Mental hospitals Bombay report 1921-28 - 1921-1928
Year: 1921
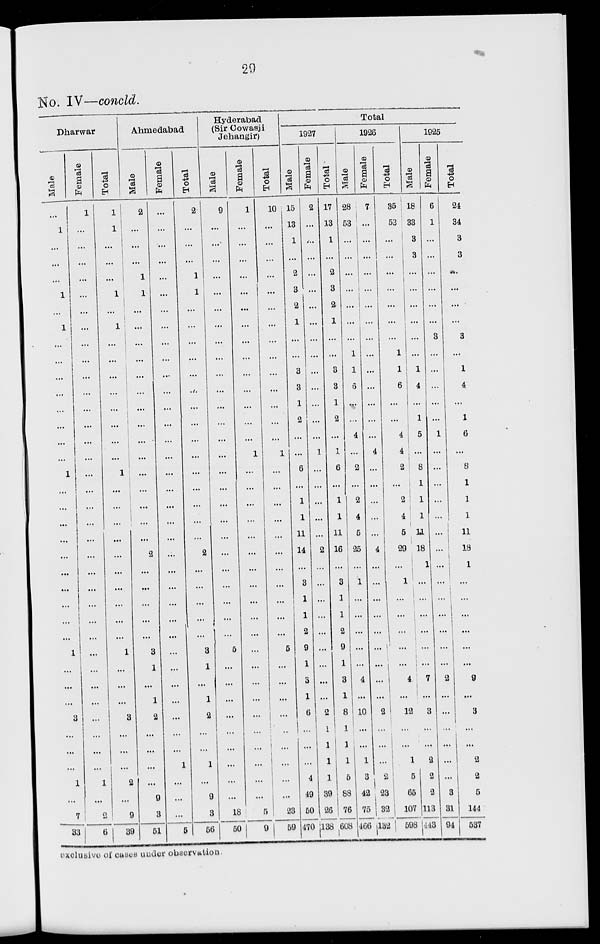
29
No. IV—concld.
Dharwar
Male
...
1
...
...
...
1
...
1
...
...
...
...
...
...
...
...
1
...
...
...
...
...
...
...
...
...
...
1
...
...
...
3
...
...
...
1
...
7
33
Female
1
...
...
...
...
...
...
...
...
...
...
...
...
...
...
...
...
...
...
...
...
...
...
...
...
...
...
...
...
...
...
...
...
...
...
1
...
2
6
Total
1
1
...
...
...
1
...
1
...
...
...
...
...
...
...
...
1
...
...
...
...
...
...
...
...
...
...
1
...
...
...
3
...
...
...
2
...
9
39
Ahmedabad
Male
2
...
...
...
1
1
...
...
...
...
...
...
...
...
...
...
...
...
...
...
...
2
...
...
...
...
...
3
1
...
1
2
...
...
...
...
9
3
51
Female
...
...
...
...
...
...
...
...
...
...
...
...
...
...
...
...
...
...
...
...
...
...
...
...
...
...
...
...
...
...
...
...
...
...
1
...
...
...
5
Total
2
...
...
...
1
1
...
...
...
...
...
...
...
...
...
...
...
...
...
...
...
2
...
...
...
...
...
3
1
...
1
2
...
...
1
...
9
3
56
Hyderabad
(Sir Cowasji
Jehangir)
Male
9
...
...
...
...
...
...
...
...
...
...
...
...
...
...
...
...
...
...
...
...
...
...
...
...
...
...
5
...
...
...
...
...
...
...
...
...
18
50
Female
1
...
...
...
...
...
...
...
...
...
...
...
...
...
...
1
...
...
...
...
...
...
...
...
...
...
...
...
...
...
...
...
...
...
...
...
...
5
9
Total
10
...
...
...
...
...
...
...
...
...
...
...
...
...
...
1
...
...
...
...
...
...
...
...
...
...
...
5
...
...
...
...
...
...
...
...
...
23
59
Total
1927
Male
15
13
1
...
2
3
2
1
...
...
3
3
1
2
...
...
6
...
1
1
11
14
...
3
1
1
2
9
1
3
1
6
...
...
...
4
49
50
470
Female
2
...
...
...
...
...
...
...
...
...
...
...
...
...
...
1
...
...
...
...
...
2
...
...
...
...
...
...
...
...
...
2
1
1
1
1
39
26
138
Total
17
13
1
...
2
3
2
1
...
...
3
3
1
2
...
1
6
...
1
1
11
16
...
3
1
1
2
9
1
3
1
8
1
1
1
5
88
76
608
1926
Male
28
53
...
...
...
...
...
...
...
1
1
6
...
...
4
...
2
...
2
4
5
25
...
1
...
...
...
...
...
4
...
10
...
...
1
3
42
75
466
Female
7
...
...
...
...
...
...
...
...
...
...
...
...
...
...
4
...
...
...
...
...
4
...
...
...
...
...
...
...
...
...
2
...
...
...
2
23
32
132
Total
35
53
...
...
...
...
...
...
...
1
1
6
...
...
4
4
2
...
2
4
5
29
...
1
...
...
...
...
...
4
...
12
...
...
1
5
65
107
598
1925
Male
18
33
3
3
...
...
...
...
...
...
1
4
...
1
5
...
8
1
1
1
11
18
1
...
...
...
...
...
...
7
...
3
...
...
2
2
2
113
443
Female
6
1
...
...
...
...
...
...
3
...
...
...
...
...
1
...
...
...
...
...
...
...
...
...
...
...
...
...
...
2
...
...
...
...
...
...
3
31
94
Total
24
34
3
3
...
...
...
...
3
...
1
4
...
1
6
...
8
1
1
1
11
18
1
...
...
...
...
...
...
9
...
3
...
...
2
2
5
144
537
exclusive of cases under observation.